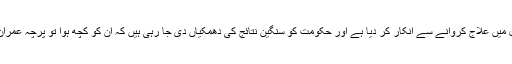
میاں نوازشریف نے جیل میں علاج کروانے سے انکار کر دیا ہے اور حکومت کو سنگین نتائج کی دھمکیاں دی جا رہی ہیں کہ ان کو کچھ ہوا تو پرچہ عمران خان پر کاٹا جائے گا ۔